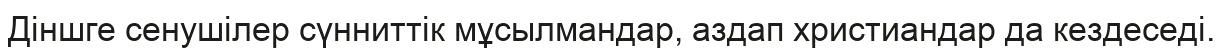
Діншге сенушілер сүнниттік мұсылмандар, аздап христиандар да кездеседі.